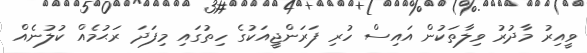
ވީއިރު މާދުރު ވިލާތަކުން އައިސް ހުރި ފަރަންޖީއަކުގެ ހިތުގައި މިފަދަ ރަޙުމެއް ކުލުނެއް